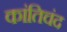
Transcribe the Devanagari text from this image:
कांतिचंद